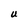
Character: U